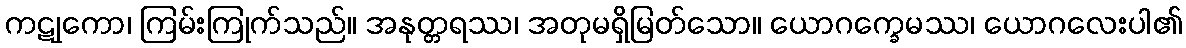
ကဋုကော၊ ကြမ်းကြုက်သည်။ အနုတ္တရဿ၊ အတုမရှိမြတ်သော။ ယောဂက္ခေမဿ၊ ယောဂလေးပါ၏